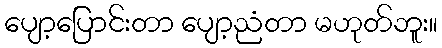
ပျော့ပြောင်းတာ ပျော့ညံတာ မဟုတ်ဘူး။